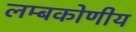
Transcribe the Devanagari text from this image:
लम्बकोणीय